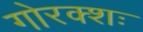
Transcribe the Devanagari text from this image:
गोरक्शः